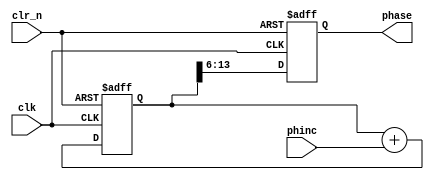
 

module phacc#(
	 parameter WIDTH = 14
)
(
	 input clk,clr_n,
	 input [7:0] phinc,
	 output reg [7:0] phase 
); 
  
  reg [WIDTH-1:0] adder;

  always @(posedge clk or negedge clr_n)
    begin
      if (!clr_n) begin
			adder = 0;
			phase = 0; end
      else begin
			adder <= adder + phinc;
			phase <= adder[WIDTH-1:WIDTH-1-7];  end
    end
endmodule